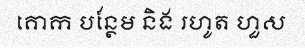
គោក បន្ថែម និង រហូត ហួស